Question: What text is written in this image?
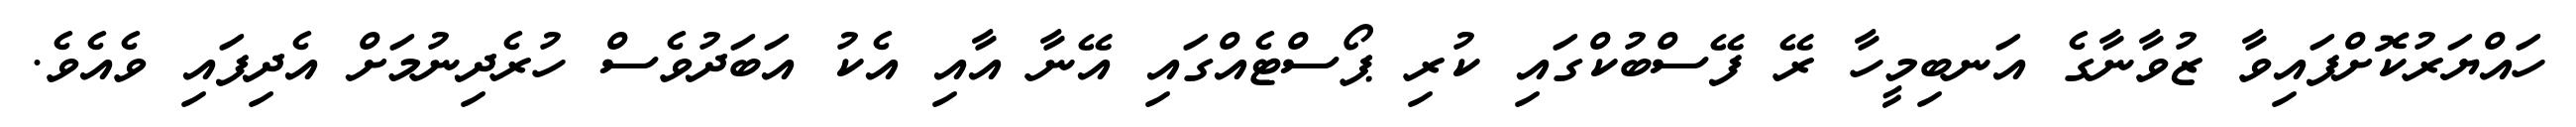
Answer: ހައްޔަރުކޮށްފައިވާ ޒުވާނާގެ އަނބިމީހާ ރޭ ފޭސްބުކްގައި ކުރި ޕޯސްޓެއްގައި އޭނާ އާއި އެކު އަބަދުވެސް ހުރެދިނުމަށް އެދިފައި ވެއެވެ.